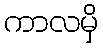
ကာလမှိ